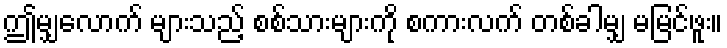
ဤမျှလောက် များသည့် စစ်သားများကို စကားလက် တစ်ခါမျှ မမြင်ဖူး။